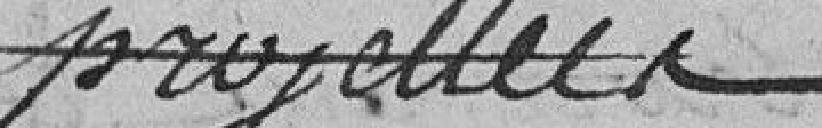
projetées.